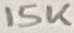
Text: 10K